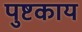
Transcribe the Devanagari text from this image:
पुष्टकाय